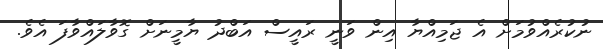
ނުކުރެއްވުމަށް އެ ޖަމިއްޔާ އިން ވަނީ ރައީސް އަބްދު ޔާމީނަށް ގޮވާލައްވާފަ އެވެ.